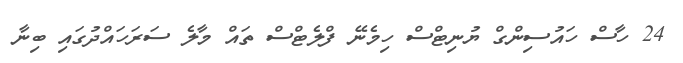
24 ހާސް ހައުސިންގް ޔުނިޓްސް ހިމެނޭ ފްލެޓްސް ތައް މާލެ ސަރަހައްދުގައި ބިނާ